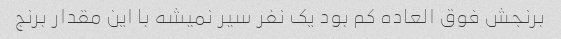
برنجش فوق العاده کم بود یک نفر سیر نمیشه با این مقدار برنج